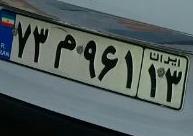
۷۳م۹۶۱۱۳